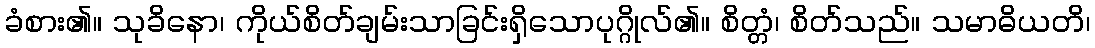
ခံစား၏။ သုခိနော၊ ကိုယ်စိတ်ချမ်းသာခြင်းရှိသောပုဂ္ဂိုလ်၏။ စိတ္တံ၊ စိတ်သည်။ သမာဓိယတိ၊